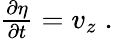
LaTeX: \begin{array}{r}{\frac{\partial\eta}{\partial t}=v_{z}\; .}\end{array}